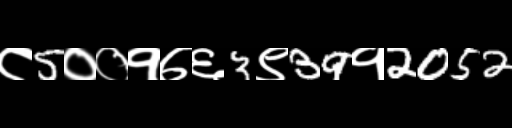
Text: ८5००१७६3९39१2052